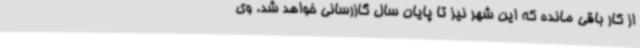
از کار باقی مانده که این شهر نیز تا پایان سال گازرسانی خواهد شد. وی